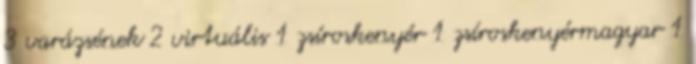
3 varázsének 2 virtuális 1 zsíroskenyér 1 zsíroskenyérmagyar 1